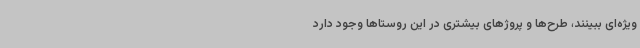
ویژه‌ای ببینند، طرح‌ها و پروژهای بیشتری در این روستاها وجود دارد